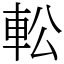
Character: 䡆